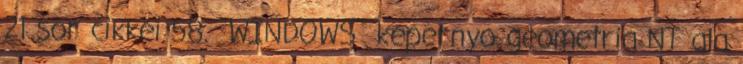
21 sor cikkei 58. WINDOWS kepernyo geometria NT ala